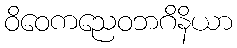
ဝိဝေကညေဝဘဂိနိယာ